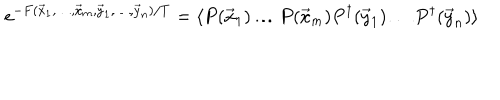
LaTeX: e ^ { - F ( \vec { x } _ { 1 } , \ldots , \vec { x } _ { m } , \vec { y } _ { 1 } , \ldots , \vec { y } _ { n } ) / T } = \langle P ( \vec { x } _ { 1 } ) \ldots P ( \vec { x } _ { m } ) P ^ { \dagger } ( \vec { y } _ { 1 } ) \ldots P ^ { \dagger } ( \vec { y } _ { n } ) \rangle